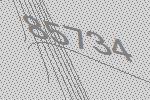
85734